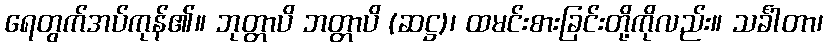
ရေတွက်အပ်ကုန်၏။ ဘုတ္တာပိ ဘတ္တာပိ (ဆဋ္ဌ)၊ ထမင်းစားခြင်းတို့ကိုလည်း။ သင်္ခါတာ၊